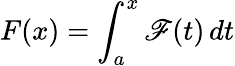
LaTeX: F(x)=\int_{a}^{x}\mathscr{F}(t)\, dt